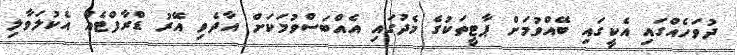
ދުވަހެއްގައި އެކީގައި ބޭއްވުމަށް ޕާޓީތަކުގެ މެދުގައި އެއްބަސްވުމަކަށް އާދެވި އޭރު ޑްރާފްޓެއް އެކުލަވާލި